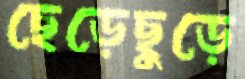
ছেড়েছুড়ে